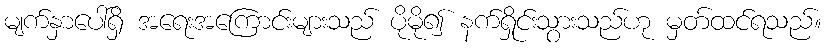
မျက်နှာပေါ်ရှိ အရေးအကြောင်းများသည် ပိုမို၍ နက်ရှိုင်းသွားသည်ဟု မှတ်ထင်ရသည်။